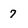
Character: 7